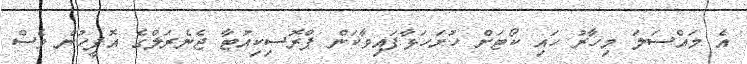
އެ މައްސަލަ މިހާރު ހައި ކޯޓަށް ހުށަހަޅާފައިވާކަން ޕްރޮސިކިއުޓާ ޖެނެރަލްގެ އޮފީހުން ވެސް